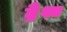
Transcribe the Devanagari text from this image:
ट्रैश्ड